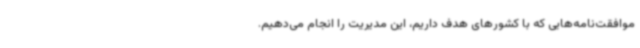
موافقت‌نامه‌هایی که با کشورهای هدف داریم، این مدیریت را انجام می‌دهیم.